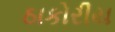
ઠાકોરીય